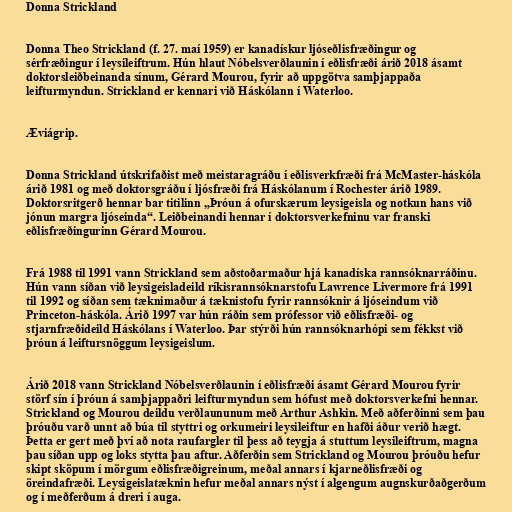
Donna Strickland

Donna Theo Strickland (f. 27. maí 1959) er kanadískur ljóseðlisfræðingur og
sérfræðingur í leysileiftrum. Hún hlaut Nóbelsverðlaunin í eðlisfræði árið 2018 ásamt
doktorsleiðbeinanda sínum, Gérard Mourou, fyrir að uppgötva samþjappaða
leifturmyndun. Strickland er kennari við Háskólann í Waterloo.

Æviágrip.

Donna Strickland útskrifaðist með meistaragráðu í eðlisverkfræði frá McMaster-háskóla
árið 1981 og með doktorsgráðu í ljósfræði frá Háskólanum í Rochester árið 1989.
Doktorsritgerð hennar bar titilinn „Þróun á ofurskærum leysigeisla og notkun hans við
jónun margra ljóseinda“. Leiðbeinandi hennar í doktorsverkefninu var franski
eðlisfræðingurinn Gérard Mourou.

Frá 1988 til 1991 vann Strickland sem aðstoðarmaður hjá kanadíska rannsóknarráðinu.
Hún vann síðan við leysigeisladeild ríkisrannsóknarstofu Lawrence Livermore frá 1991
til 1992 og síðan sem tæknimaður á tæknistofu fyrir rannsóknir á ljóseindum við
Princeton-háskóla. Árið 1997 var hún ráðin sem prófessor við eðlisfræði- og
stjarnfræðideild Háskólans í Waterloo. Þar stýrði hún rannsóknarhópi sem fékkst við
þróun á leiftursnöggum leysigeislum.

Árið 2018 vann Strickland Nóbelsverðlaunin í eðlisfræði ásamt Gérard Mourou fyrir
störf sín í þróun á samþjappaðri leifturmyndun sem hófust með doktorsverkefni hennar.
Strickland og Mourou deildu verðlaununum með Arthur Ashkin. Með aðferðinni sem þau
þróuðu varð unnt að búa til styttri og orkumeiri leysileiftur en hafði áður verið hægt.
Þetta er gert með því að nota raufargler til þess að teygja á stuttum leysileiftrum, magna
þau síðan upp og loks stytta þau aftur. Aðferðin sem Strickland og Mourou þróuðu hefur
skipt sköpum í mörgum eðlisfræðigreinum, meðal annars í kjarneðlisfræði og
öreindafræði. Leysigeislatæknin hefur meðal annars nýst í algengum augnskurðaðgerðum
og í meðferðum á dreri í auga.